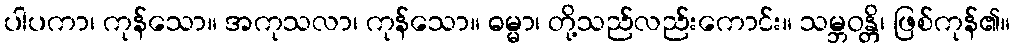
ပါပကာ၊ ကုန်သော။ အကုသလာ၊ ကုန်သော။ ဓမ္မာ၊ တို့သည်လည်းကောင်း။ သမ္ဘဝန္တိ၊ ဖြစ်ကုန်၏။